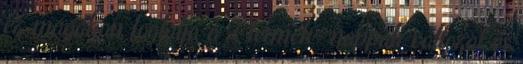
ez magában foglalja a 2 termék- nappali változat és